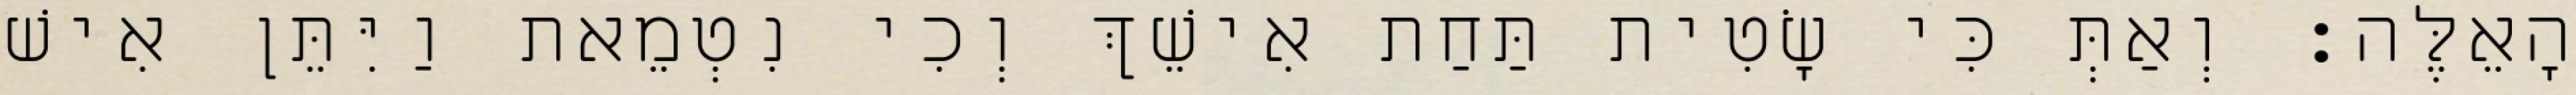
הָאֵלֶּה׃ וְאַתְּ כִּי שָׂטִית תַּחַת אִישֵׁךְ וְכִי נִטְמֵאת וַיִּתֵּן אִישׁ